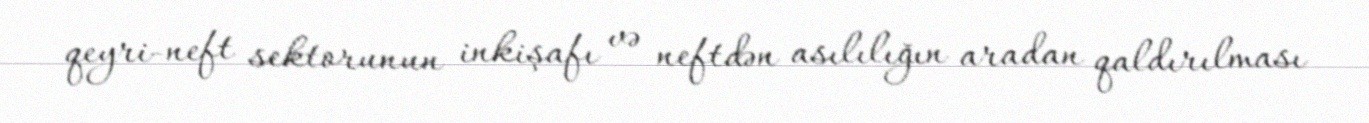
qeyri-neft sektorunun inkişafı və neftdən asılılığın aradan qaldırılması